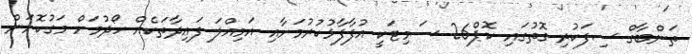
ތަންބާގް ސިފަކުރި ގޮތުގައި ކޮޕް26 ސަމިޓަކީ އުފާފާޅުކުރުމަށާއި އަމިއްލަ ފައިދާތަކެއް ހޯދުމަށް މަގުކޮށަން